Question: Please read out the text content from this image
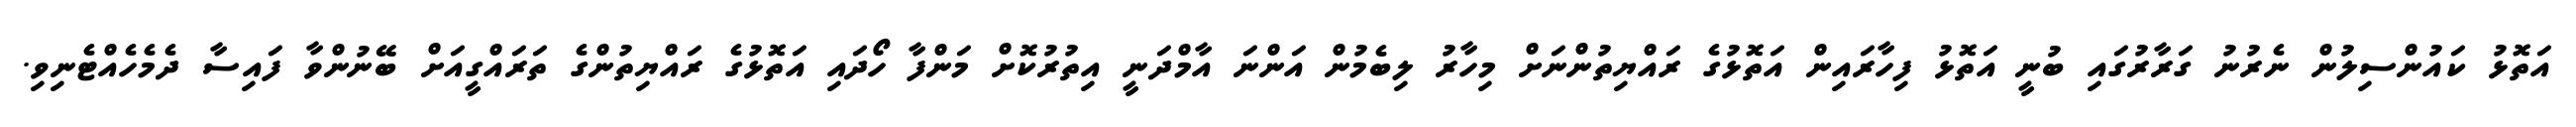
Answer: އަތޮޅު ކައުންސިލުން ނެރުނު ގަރާރުގައި ބުނީ އަތޮޅު ފިހާރައިން އަތޮޅުގެ ރައްޔިތުންނަށް މިހާރު ލިބެމުން އަންނަ އާމްދަނީ އިތުރުކޮށް މަންފާ ހޯދައި އަތޮޅުގެ ރައްޔިތުންގެ ތަރައްގީއަށް ބޭނުންވާ ފައިސާ ދެމެހެއްޓެނިވި.